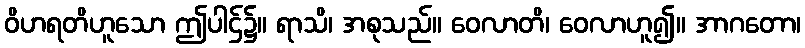
ဝိဟရတိဟူသော ဤပါဌ်၌။ ရာသိ၊ အစုသည်။ ဝေလာတိ၊ ဝေလာဟူ၍။ အာဂတော၊